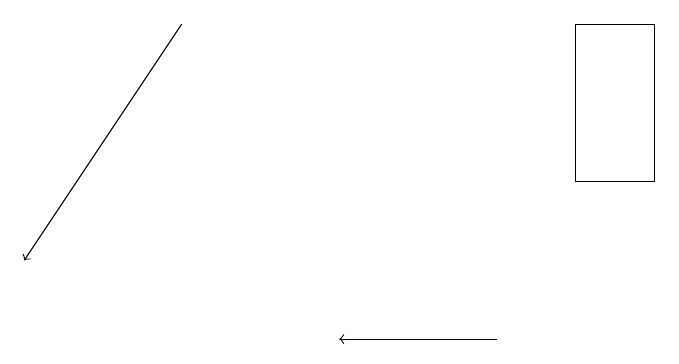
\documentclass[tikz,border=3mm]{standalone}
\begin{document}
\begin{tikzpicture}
\draw[->] (3,15) -- (1,12);
\draw[->] (7,11) -- (5,11);
\draw (8,15) rectangle (9,13);
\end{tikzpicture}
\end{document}